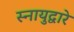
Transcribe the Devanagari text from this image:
स्नायुद्वारे